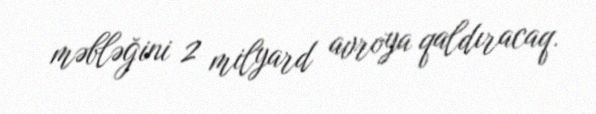
məbləğini 2 milyard avroya qaldıracaq.